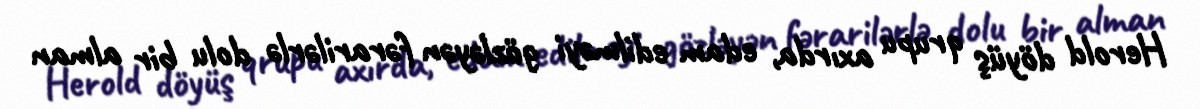
Herold döyüş qrupu axırda, edam edilməyi gözləyən fərarilərlə dolu bir alman